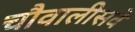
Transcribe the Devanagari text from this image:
चौवालीसवे